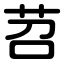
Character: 苕